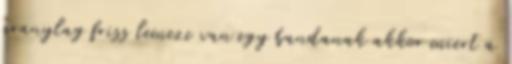
aranylag friss lemeze van egy bandanak akkor miert a